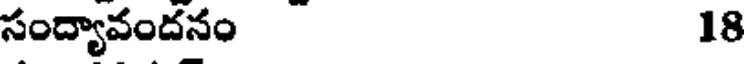
సంద్యావందనం 18